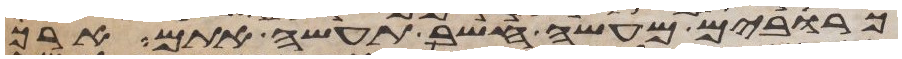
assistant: כרובים מעשה חשב תעשה אתם ארך